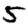
Digit: 5